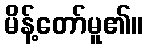
မိန့်တော်မူ၏။